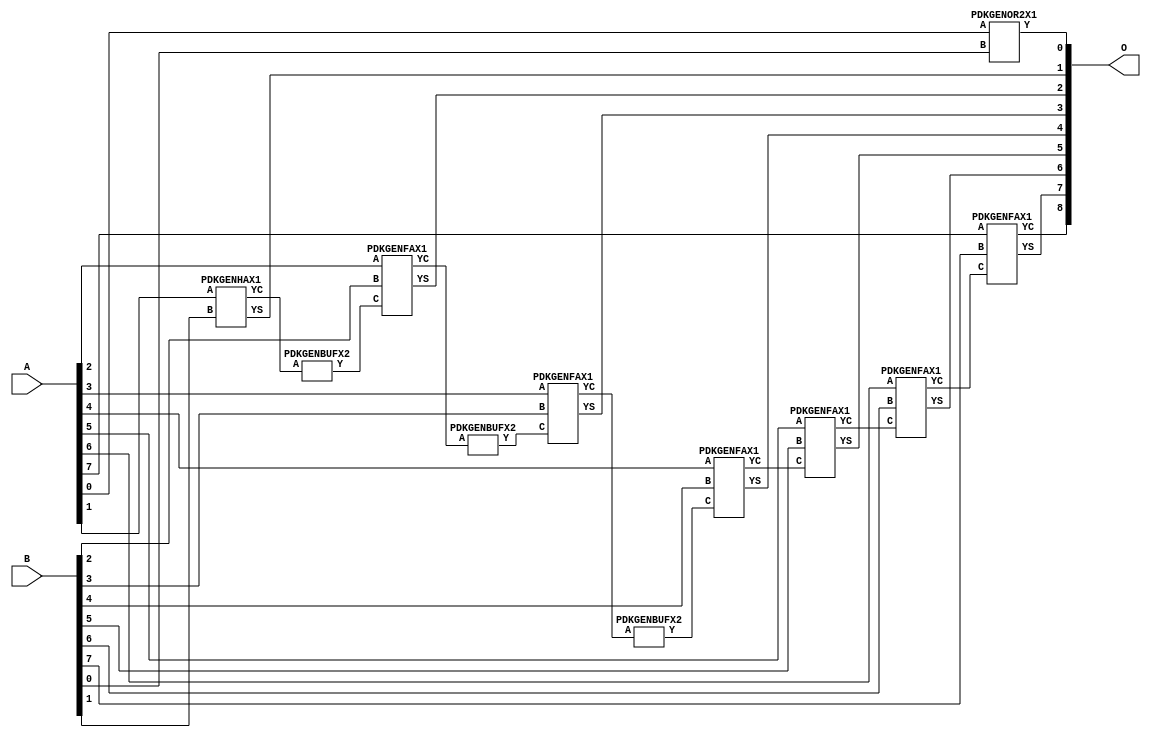
// Library = EvoApprox8b
// Circuit = add8_289
// Area   (180) = 904
// Delay  (180) = 1.590
// Power  (180) = 319.70
// Area   (45) = 68
// Delay  (45) = 0.620
// Power  (45) = 30.31
// Nodes = 11
// HD = 49024
// MAE = 0.25000
// MSE = 0.25000
// MRE = 0.14 %
// WCE = 1
// WCRE = 50 %
// EP = 25.0 %

module add8_289(A, B, O);
  input [7:0] A;
  input [7:0] B;
  output [8:0] O;
  wire [2031:0] N;

  assign N[0] = A[0];
  assign N[1] = A[0];
  assign N[2] = A[1];
  assign N[3] = A[1];
  assign N[4] = A[2];
  assign N[5] = A[2];
  assign N[6] = A[3];
  assign N[7] = A[3];
  assign N[8] = A[4];
  assign N[9] = A[4];
  assign N[10] = A[5];
  assign N[11] = A[5];
  assign N[12] = A[6];
  assign N[13] = A[6];
  assign N[14] = A[7];
  assign N[15] = A[7];
  assign N[16] = B[0];
  assign N[17] = B[0];
  assign N[18] = B[1];
  assign N[19] = B[1];
  assign N[20] = B[2];
  assign N[21] = B[2];
  assign N[22] = B[3];
  assign N[23] = B[3];
  assign N[24] = B[4];
  assign N[25] = B[4];
  assign N[26] = B[5];
  assign N[27] = B[5];
  assign N[28] = B[6];
  assign N[29] = B[6];
  assign N[30] = B[7];
  assign N[31] = B[7];

  PDKGENOR2X1 n76(.A(N[0]), .B(N[16]), .Y(N[76]));
  PDKGENHAX1 n82(.A(N[2]), .B(N[18]), .YS(N[82]), .YC(N[83]));
  PDKGENBUFX2 n112(.A(N[83]), .Y(N[112]));
  assign N[113] = N[112];
  PDKGENFAX1 n132(.A(N[4]), .B(N[20]), .C(N[113]), .YS(N[132]), .YC(N[133]));
  PDKGENBUFX2 n174(.A(N[133]), .Y(N[174]));
  PDKGENFAX1 n182(.A(N[6]), .B(N[22]), .C(N[174]), .YS(N[182]), .YC(N[183]));
  PDKGENBUFX2 n208(.A(N[183]), .Y(N[208]));
  PDKGENFAX1 n232(.A(N[8]), .B(N[24]), .C(N[208]), .YS(N[232]), .YC(N[233]));
  PDKGENFAX1 n282(.A(N[10]), .B(N[26]), .C(N[233]), .YS(N[282]), .YC(N[283]));
  PDKGENFAX1 n332(.A(N[12]), .B(N[28]), .C(N[283]), .YS(N[332]), .YC(N[333]));
  PDKGENFAX1 n382(.A(N[14]), .B(N[30]), .C(N[333]), .YS(N[382]), .YC(N[383]));

  assign O[0] = N[76];
  assign O[1] = N[82];
  assign O[2] = N[132];
  assign O[3] = N[182];
  assign O[4] = N[232];
  assign O[5] = N[282];
  assign O[6] = N[332];
  assign O[7] = N[382];
  assign O[8] = N[383];

endmodule
/* mod */
module PDKGENOR2X1(input A, input B, output Y );
     assign Y = A | B;
endmodule
/* mod */
module PDKGENHAX1( input A, input B, output YS, output YC );
    assign YS = A ^ B;
    assign YC = A & B;
endmodule
/* mod */
module PDKGENFAX1( input A, input B, input C, output YS, output YC );
    assign YS = (A ^ B) ^ C;
    assign YC = (A & B) | (B & C) | (A & C);
endmodule
/* mod */
module PDKGENBUFX2(input A, output Y );
     assign Y = A;
endmodule